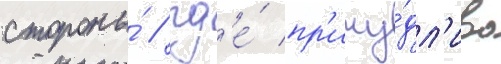
стороны́ / гд'е́ пр'ичу́дл'иво